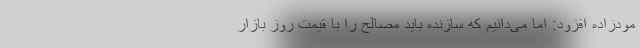
مودزاده افزود: اما می‌دانیم که سازنده باید مصالح را با قیمت روز بازار